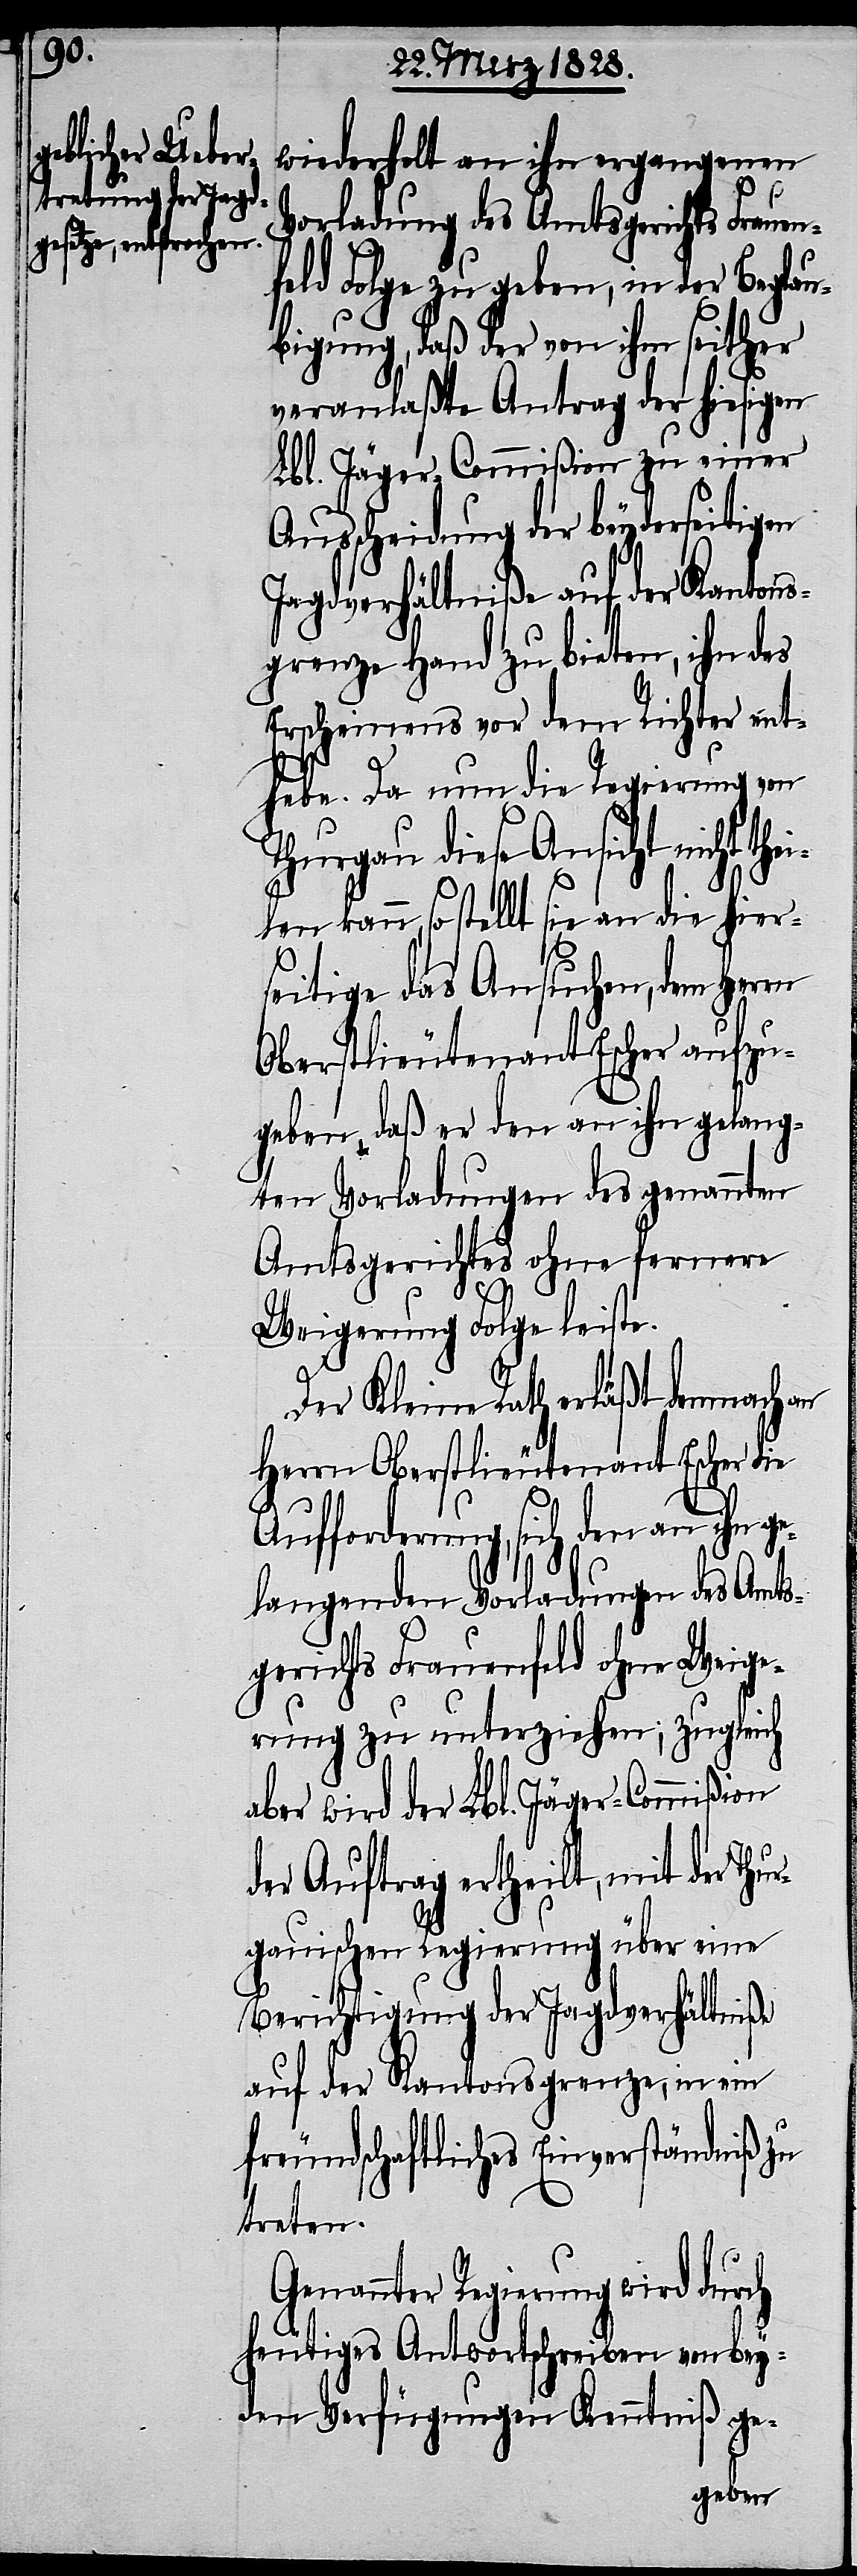
wiederholt an ihn ergangenen
Vorladung des Amtsgerichts Frauen¬
feld Folge zu geben, in der Beglau¬
bigung, daß der von ihm seither
veranlaßte Antrag der hiesigen
Lbl. Jäger-Commißion zu einer
Ausscheidung der beyderseitigen
Jagdverhältniße auf der Kantons¬
grenze Hand zu bieten, ihn des
Erscheinens vor dem Richter ent¬
hebe. Da nun die Regierung von
Thurgau diese Ansicht nicht the¬
ilen kann, so stellt sie an die hier¬
seitige das Ansuchen, dem
Oberstlieutenant Escher aufzu¬
geben, daß er den an ihn gelang¬
ten Vorladungen des genannten
Amtsgerichtes ohne fernere
ge¬
Weigerung Folge leiste.
Der Kleine Rath erläßt demnach an
Herrn Oberstlieutenant Escher die
Aufforderung, sich den an
langenden Vorladungen des Amts¬
gerichts Frauenfeld ohne Weige¬
rung zu unterziehen; zugleich
aber wird der Lbl. Jäger-Commißion
der Auftrag ertheilt, mit der Thu¬
rgauischen Regierung über eine
Berichtigung der Jagdverhältniße
auf der Kantonsgrenze, in ein
freundschaftliches Einverständniß zu
treten.
Genannter Regierung wird durch
heutiges Antwortschreiben von bey¬
den Verfügungen Kenntniß ge-